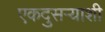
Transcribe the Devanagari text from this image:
एकदुसऱ्याशी